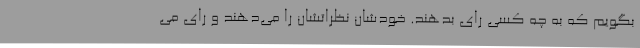
بگویم که به چه کسی رای بدهند. خودشان نظراتشان را می‌دهند و رای می